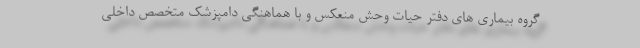
گروه بیماری های دفتر حیات وحش منعکس و با هماهنگی دامپزشک متخصص داخلی